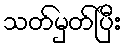
သတ်မှတ်ပြီး